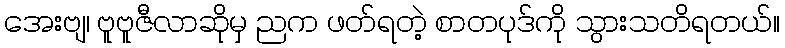
အေးဗျ၊ ဗူဗူဇီလာဆိုမှ ညက ဖတ်ရတဲ့ စာတပုဒ်ကို သွားသတိရတယ်။